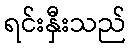
ရင်းနှီးသည်